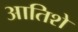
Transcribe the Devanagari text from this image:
आतिशे